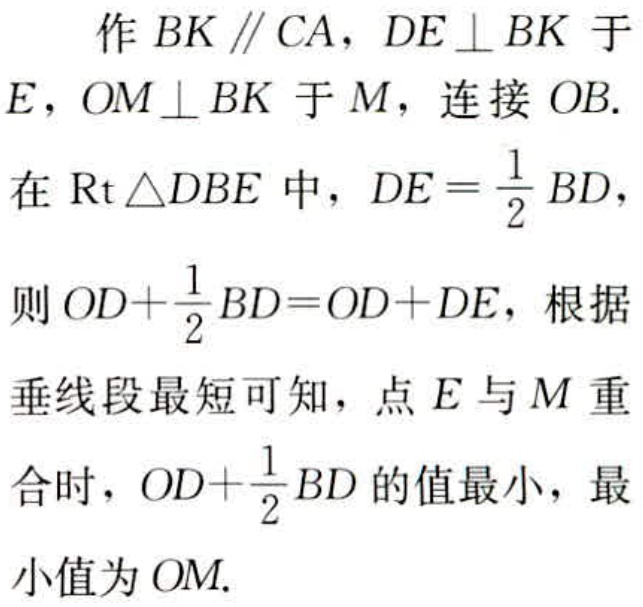
作 \(BK \parallel CA\)，\(DE \perp BK\) 于 \(E\)，\(OM \perp BK\) 于 \(M\)，连接 \(OB\).

在 \(\text{Rt} \triangle DBE\) 中，\(DE = \frac{1}{2}BD\)，

则 \(OD + \frac{1}{2}BD = OD + DE\)，根据

垂线段最短可知，点 \(E\) 与 \(M\) 重

合时，\(OD + \frac{1}{2}BD\) 的值最小，最

小值为 \(OM\).